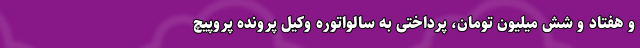
و هفتاد و شش میلیون تومان، پرداختی به سالواتوره وکیل پرونده پروپیچ